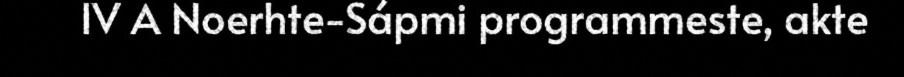
IV A Noerhte-Sápmi programmeste, akte